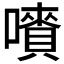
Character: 𡃄